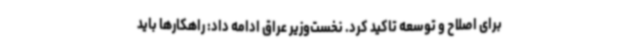
برای اصلاح و توسعه تاکید کرد. نخست‌وزیر عراق ادامه داد: راهکارها باید